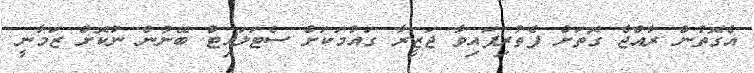
އެގޮތުން ރާއްޖެ ގޮތަށް ފެތުރިފައިވާ ޖަޒީރާ ގައުމަކަށް ސެޓަލައިޓް ބޭނުން ނުކޮށް ޒަމާނީ